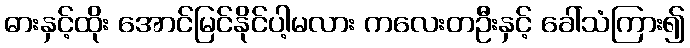
ဓားနှင့်ထိုး အောင်မြင်နိုင်ပါ့မလား ကလေးတဦးနှင့် ခေါ်သံကြား၍